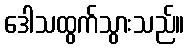
ဒေါသထွက်သွားသည်။